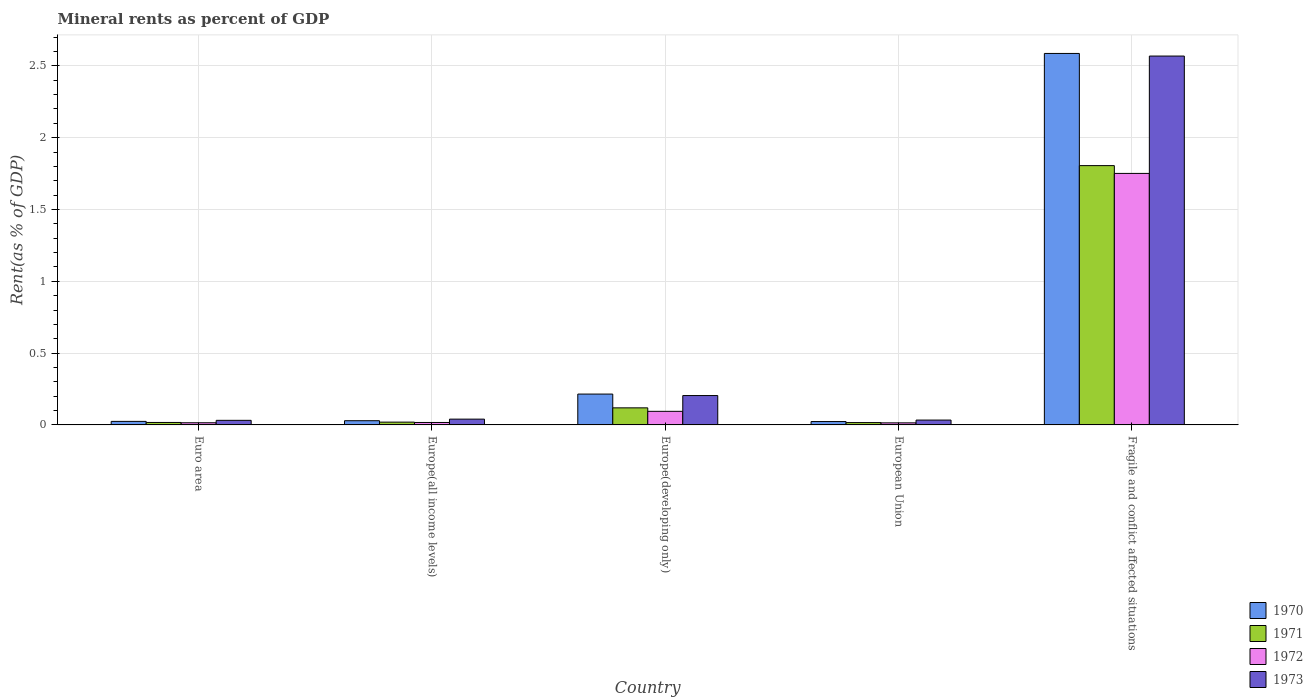
| Country | 1970 | 1971 | 1972 | 1973 |
 | --- | --- | --- | --- | --- |
 | Euro area | 0.0246 | 0.0171 | 0.015 | 0.0319 |
 | Europe(all income levels) | 0.0293 | 0.0194 | 0.017 | 0.0402 |
 | Europe(developing only) | 0.215 | 0.119 | 0.0945 | 0.204 |
 | European Union | 0.0234 | 0.0162 | 0.0143 | 0.0337 |
 | Fragile and conflict affected situations | 2.59 | 1.81 | 1.75 | 2.57 |